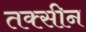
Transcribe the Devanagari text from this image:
तक्सीन